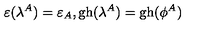
\varepsilon ( \lambda ^ { A } ) = \varepsilon _ { A } , \mathrm { g h } ( \lambda ^ { A } ) = \mathrm { g h } ( \phi ^ { A } )